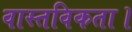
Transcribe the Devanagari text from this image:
वास्तविकता।